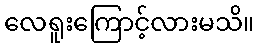
လေရူးကြောင့်လားမသိ။